Vabadussoja_Ajaloo_Komitee, lk 38
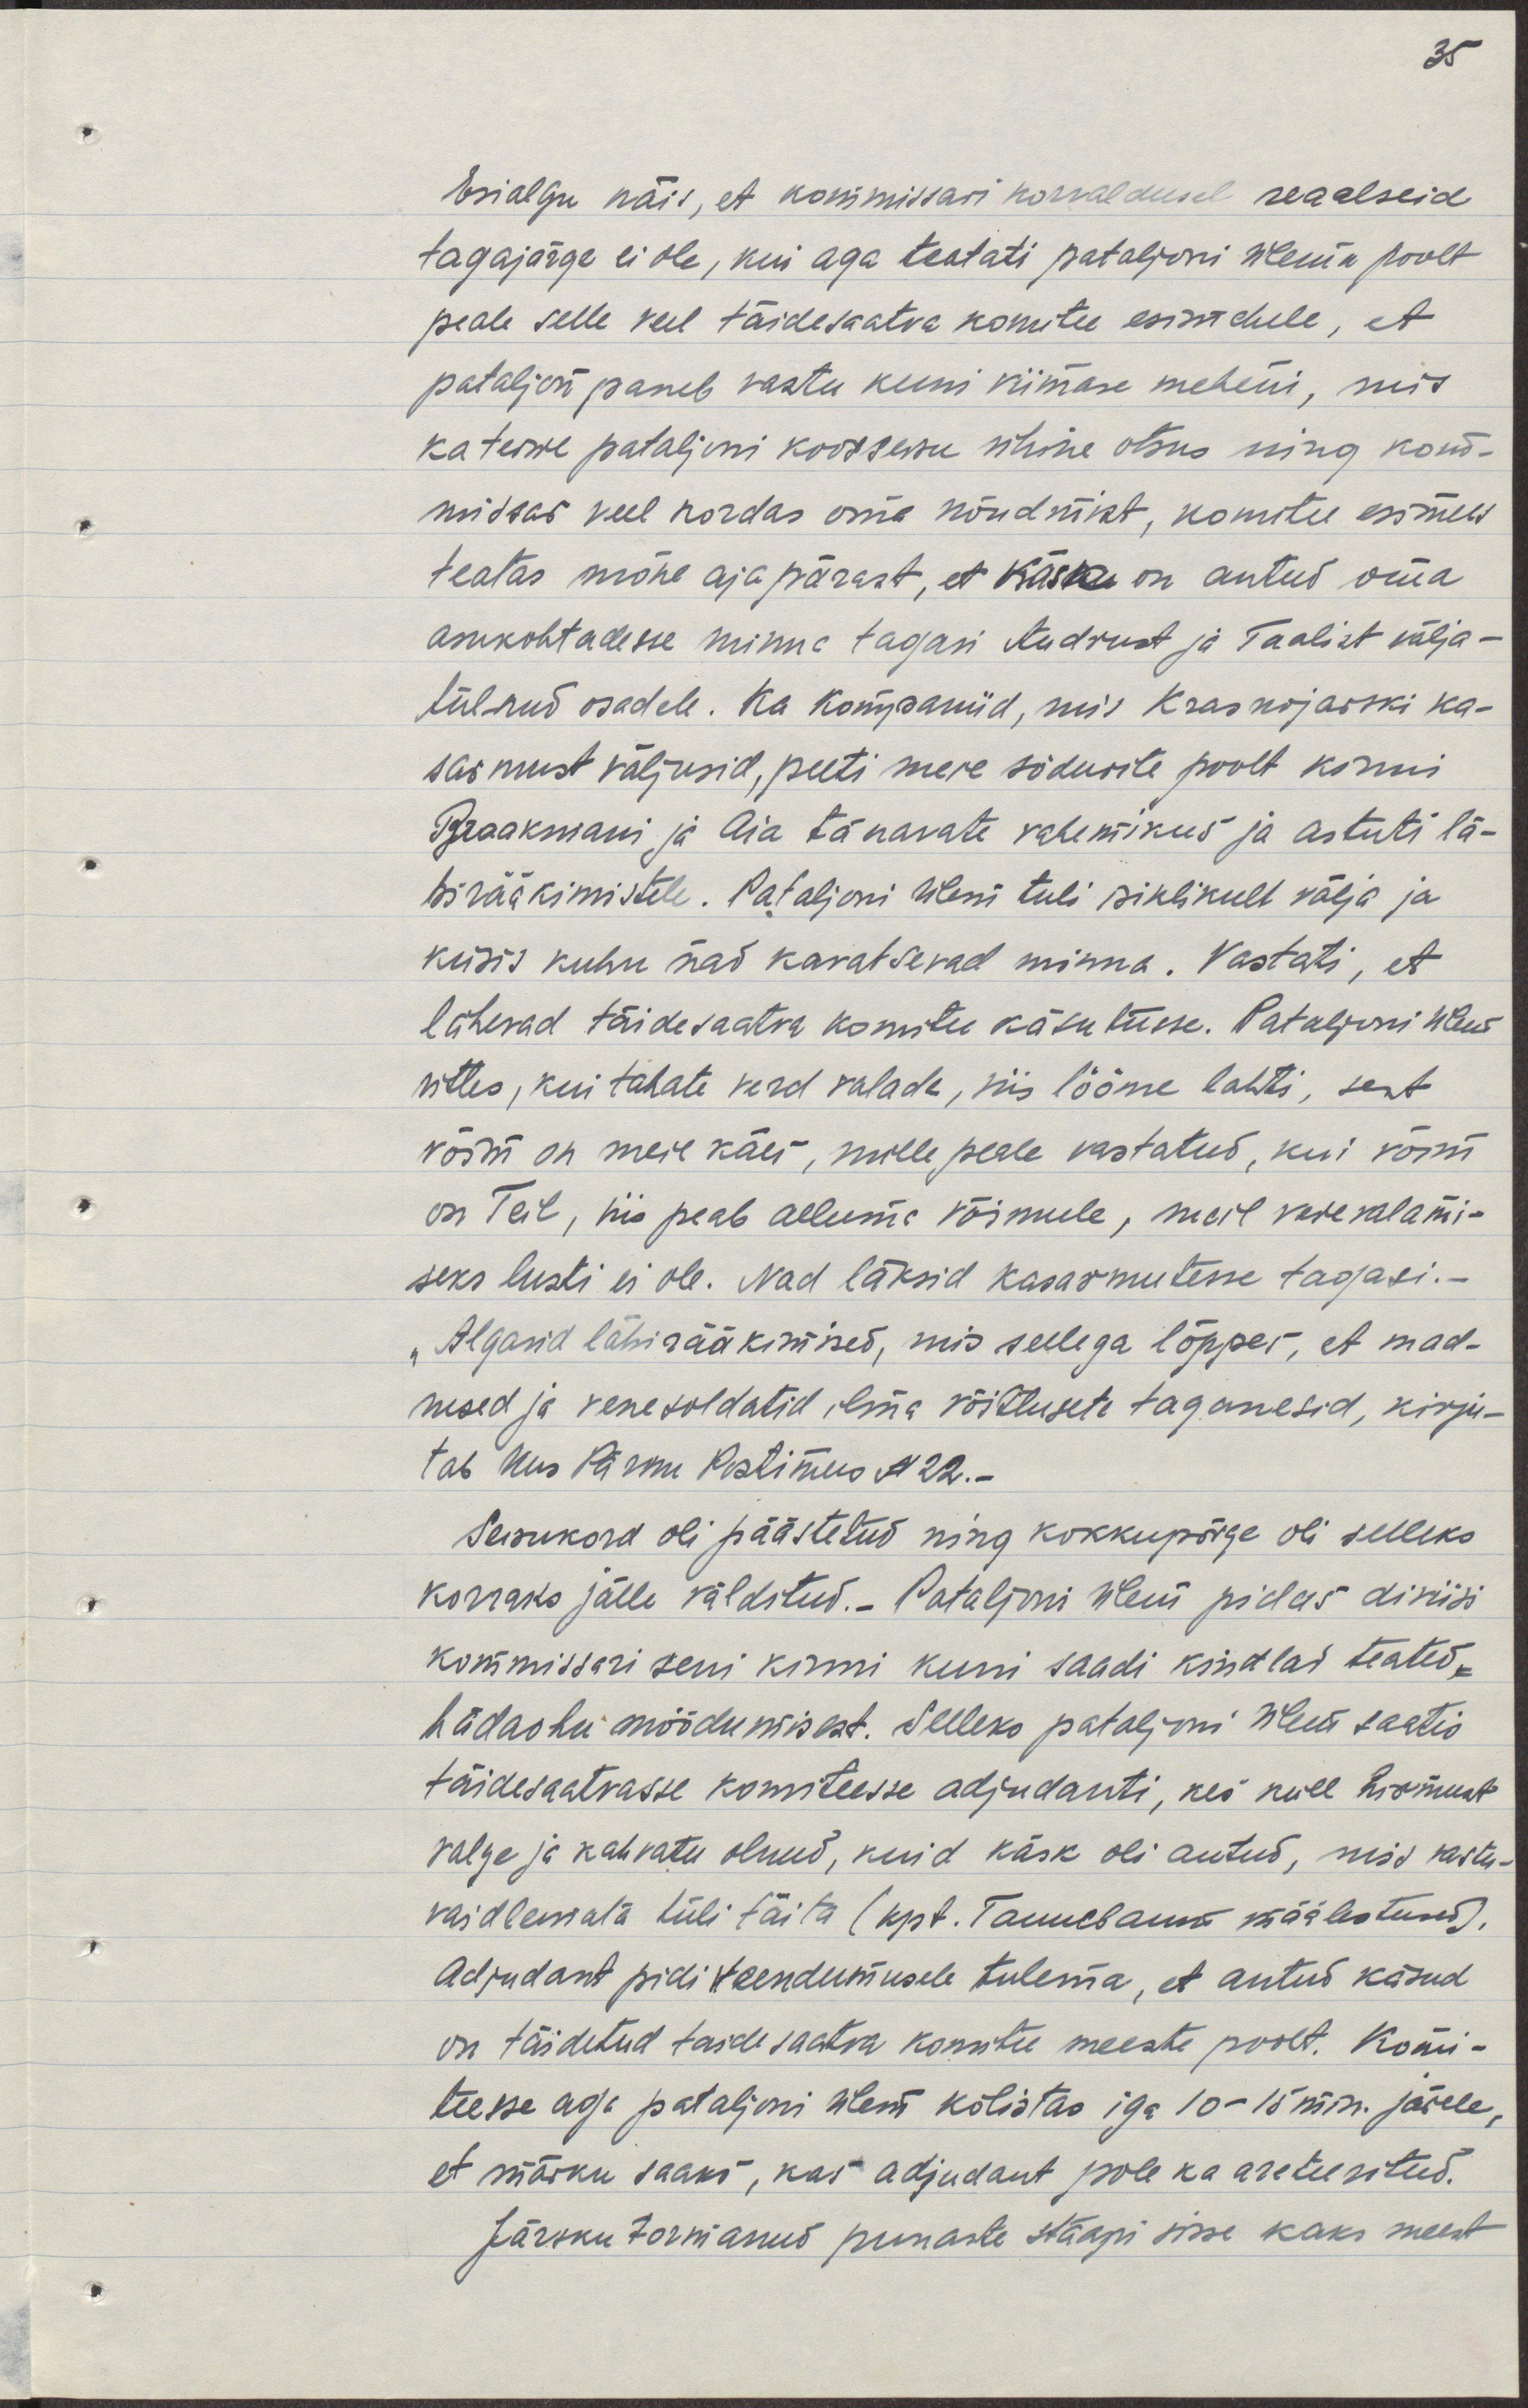
Esijalgu näis, et kommissari korraldusel reaalseid
tagajärge ei ole, kui aga teatati pataljoni ülema poolt
peale selle veel täidesaatva komitee esimehele, et
pataljon paneb vastu kuni viimase meheni, mis
ka teise pataljoni koosseisu ühine otsus ning komi-
ssar veel kordas oma nõudmist, komitee esimees
teatas mõne ajapärast, et käsk on antud oma
asukohtadesse minna tagasi Audrust ja Taalist välja-
tulnud osadele. Ka kompaniid, mis Krasnojarski ka-
sarmust väljusid, peeti meie sõdurite poolt kinni
Braakmanni ja Aia tänavate vahemikus ja astuti lä-
birääkimistele. Pataljoni ülem tuli isiklikult välja ja
küsis kuhu nad kavatsevad minna. Vastati, et
lähevad täidesaatva komitee käsutusse. Pataljoni ülem
ütles, kui tahate verd valada, siis lööme lahti, sest
võim on meie käes, mille peale vastatud, kui võim
on Teil, siis peab alluma võimule, meil verevalami-
seks lusti ei ole. Nad läksid kasarmutesse tagasi.-
"Algasid läbirääkimised, mis sellega lõppes, et mad-
rused ja vene soldatid, ilma võitluseta taganesid, kirju-
tab Uus Pärnu Postimees N22.-
Seisukord oli päästetud ning kokkupõrge oli selleks
korraks jälle välditud.- Pataljoni ülem pidas diviisi
kommissari seni kinni kuni saadi kindlad teated
hädaohu möödumisest. Selleks pataljoni ülem saatis
täidesaatvasse komiteesse adjudanti, kes küll hirmust
valge ja kahvatu olnud, kuid käsk oli antud, mis vastu- 
vaidlemata tuli täita (kpt. Tannebaumi määlestused).
Adjudant pidi veendumusele tulema, et antud käsud
on täidetud täidesaatva komitee meeste poolt. Komi-
teesse aga pataljoni ülem kõlistas iga 10-15 min järele,
et märku saaks, kas adjudant pole ka areteeritud.
Järsku tormanud punaste staapi sisse kaks meest